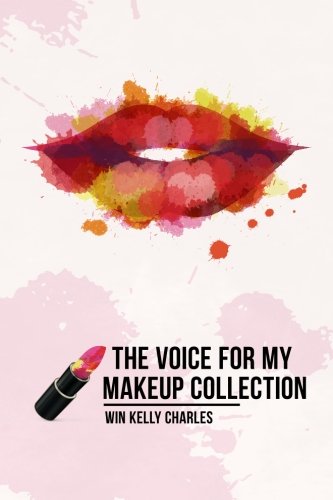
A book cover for The Voice for my Makeup Collection Edition 1; Win Kelly Charles; Teen & Young Adult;